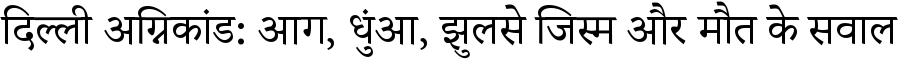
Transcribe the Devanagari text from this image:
दिल्ली अग्निकांड: आग, धुंआ, झुलसे जिस्म और मौत के सवाल